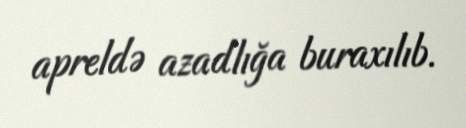
apreldə azadlığa buraxılıb.